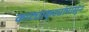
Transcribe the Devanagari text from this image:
काट्याकुट्यांपासून